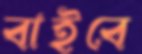
বাইবে